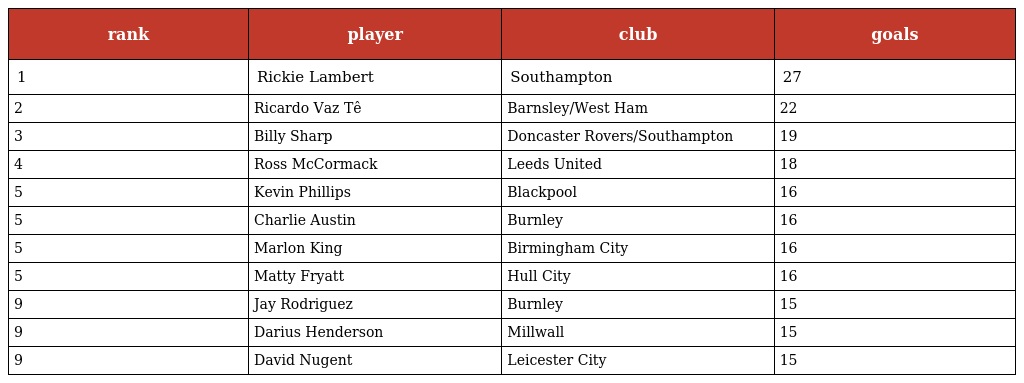
| rank | player | club | goals |
 | --- | --- | --- | --- |
 | 1 | Rickie Lambert | Southampton | 27 |
 | 2 | Ricardo Vaz Tê | Barnsley/West Ham | 22 |
 | 3 | Billy Sharp | Doncaster Rovers/Southampton | 19 |
 | 4 | Ross McCormack | Leeds United | 18 |
 | 5 | Kevin Phillips | Blackpool | 16 |
 | 5 | Charlie Austin | Burnley | 16 |
 | 5 | Marlon King | Birmingham City | 16 |
 | 5 | Matty Fryatt | Hull City | 16 |
 | 9 | Jay Rodriguez | Burnley | 15 |
 | 9 | Darius Henderson | Millwall | 15 |
 | 9 | David Nugent | Leicester City | 15 |